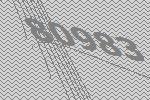
80983